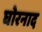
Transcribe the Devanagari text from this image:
घोरनाद